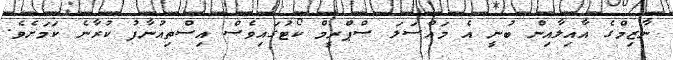
ނާޒިމްގެ އާއިލާއިން ބުނީ އެ މައްސަލަ ސްޕްރީމް ކޯޓުގައިވެސް އިސްތިއުނާފު ކުރާނެ ކަމަށެވެ.